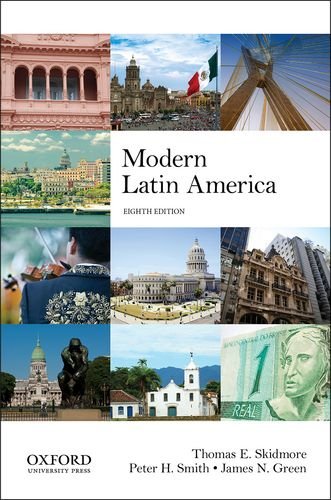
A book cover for Modern Latin America; Thomas E. Skidmore; History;